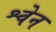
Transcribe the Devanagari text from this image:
श्वेन